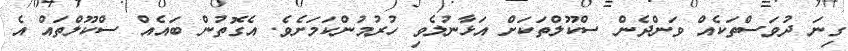
ގިނަ ދުވަސްތަކެއް ވަންދެން ސްކޫލްތަކަށް އަޅާނުލެވި ހުރުމުންކަމަށެވެ. އެގޮތުން ބައެއް ސްކޫލްތައް އެ